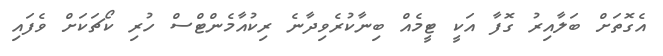
އެގޮތަށް ބަލާއިރު ގޮފާ އަކީ ޓީމެއް ބިނާކުރެވިދާނެ ރިކުއާމެންޓްސް ހުރި ކޯޗަކަށް ވެފައި